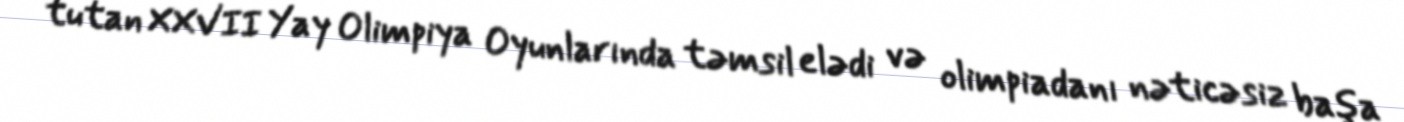
tutan XXVII Yay Olimpiya Oyunlarında təmsil elədi və olimpiadanı nəticəsiz başa